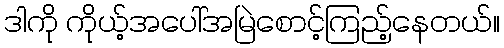
ဒါကို ကိုယ့်အပေါ်အမြဲစောင့်ကြည့်နေတယ်။